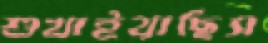
শুখাইয়াছিস